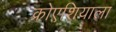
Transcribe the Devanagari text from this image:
क्रोएशियाला